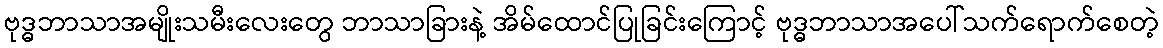
ဗုဒ္ဓဘာသာအမျိုးသမီးလေးတွေ ဘာသာခြားနဲ့ အိမ်ထောင်ပြုခြင်းကြောင့် ဗုဒ္ဓဘာသာအပေါ်သက်ရောက်စေတဲ့